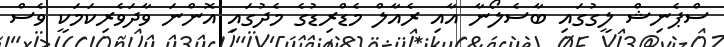
ސްޕެނިޝް ލީގުގައި ބާސެލޯނާ އާއި ރެއާލް މެޑްރިޑުގެ މެދުގައި އޮންނަ ވާދަވެރިކަމަކީ ވެސް